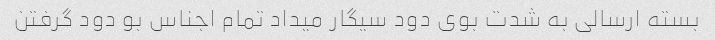
بسته ارسالی به شدت بوی دود سیگار میداد تمام اجناس بو دود گرفتن